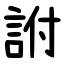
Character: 詂